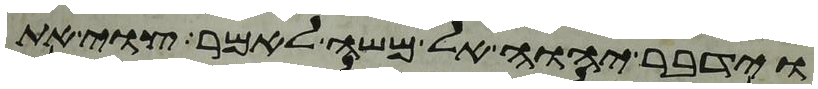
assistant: וידבר יהוה אל משה לאמר צוי את